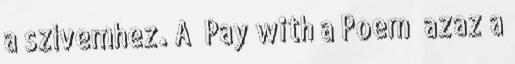
a szívemhez. A „Pay with a Poem” azaz a